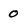
Character: 0